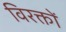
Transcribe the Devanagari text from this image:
विरक्तों